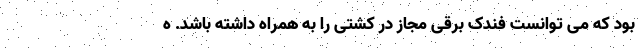
بود که می توانست فندک برقی مجاز در کشتی را به همراه داشته باشد. ه